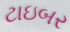
ટાઇબર